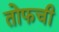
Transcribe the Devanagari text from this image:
तोफची